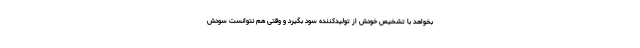
بخواهد با تشخیص خودش از تولیدکننده سود بگیرد و وقتی هم نتوانست سودش